Source: Handwritten
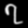
Digit: ၇ (7)